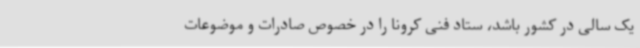
یک سالی در کشور باشد، ستاد فنی کرونا را در خصوص صادرات و موضوعات